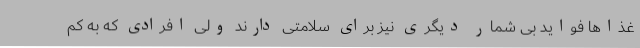
غذاها فواید بی شمار دیگری نیز برای سلامتی دارند ولی افرادی که به کم